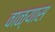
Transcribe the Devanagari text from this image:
वाळ्यास